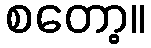
စတော့။